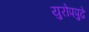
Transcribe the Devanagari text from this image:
युरोपपुढे